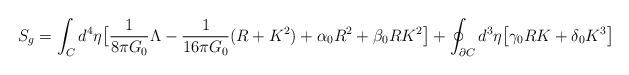
LaTeX: \begin{align*}S_g = \int_Cd^4\eta\big{[}\frac{1}{8\pi G_0}\Lambda - \frac{1}{16\pi G_0}(R + K^2) + \alpha_0R^2 + \beta_0RK^2\big{]}+ \oint_{\partial C}d^3\eta\big{[}\gamma_0RK + \delta_0K^3\big{]}\end{align*}